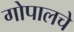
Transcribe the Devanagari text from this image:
गोपालचे